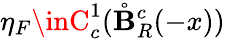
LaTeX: \eta_{F}\inC_{c}^{1}(\mathring{\mathbf{B}}_{R}^{c}(-x))